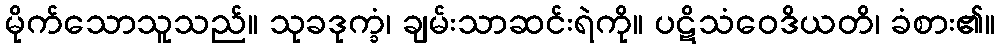
မိုက်သောသူသည်။ သုခဒုက္ခံ၊ ချမ်းသာဆင်းရဲကို။ ပဋိသံဝေဒိယတိ၊ ခံစား၏။